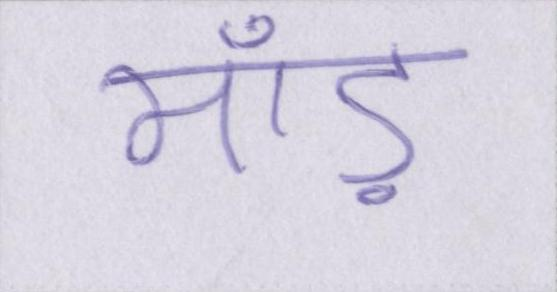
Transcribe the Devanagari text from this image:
माँड़